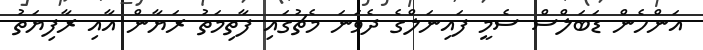
އަންހެން ޑަބަލްސް ސެމީ ފައިނަލްގެ ދެވަނަ މެޗުގައި ފާތިމަތު ރަޔާން އާއި ރާފިޔަތު